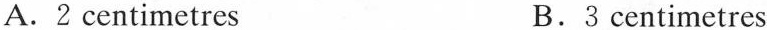
A. 2 centimetres B. 3 centimetres